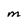
Character: M